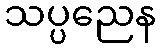
သပ္ပညေန